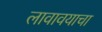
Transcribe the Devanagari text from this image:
लावावयाचा